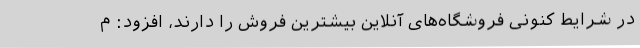
در شرایط کنونی فروشگاه‌های آنلاین بیشترین فروش را دارند، افزود: م